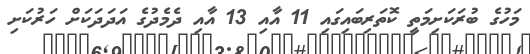
މަހުގެ ބުރަކަށިމަތީ ކޮތަރިބައިގައި 11 އާއި 13 އާއި ދެމެދުގެ އަދަދަކަށް ހަރުކަށި